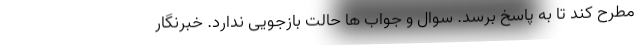
مطرح کند تا به پاسخ برسد. سوال و جواب ها حالت بازجویی ندارد. خبرنگار